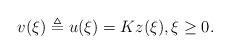
LaTeX: \begin{align*}v(\xi)\triangleq u(\xi)=Kz(\xi),\xi\ge0.\end{align*}